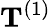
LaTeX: \mathbf{T}^{(1)}